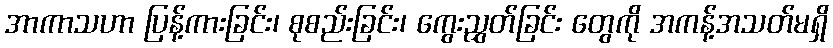
အာကာသဟာ ပြန့်ကားခြင်း၊ စုစည်းခြင်း၊ ကွေးညွှတ်ခြင်း တွေကို အကန့်အသတ်မရှိ